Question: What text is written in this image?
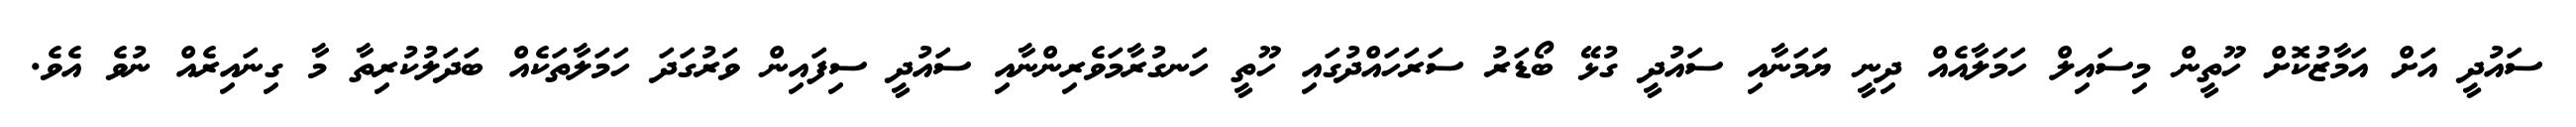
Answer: ސައުދީ އަށް އަމާޒުކޮށް ހޫތީން މިސައިލް ހަމަލާއެއް ދިނީ ޔަމަނާއި ސައުދީ ގުޅޭ ބޯޑަރު ސަރަހައްދުގައި ހޫތީ ހަނގުރާމަވެރިންނާއި ސައުދީ ސިފައިން ވަރުގަދަ ހަމަލާތަކެއް ބަދަލުކުރިތާ މާ ގިނައިރެއް ނުވެ އެވެ.